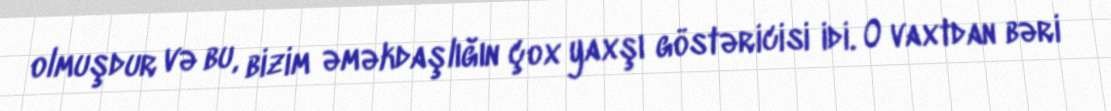
olmuşdur və bu, bizim əməkdaşlığın çox yaxşı göstəricisi idi. O vaxtdan bəri